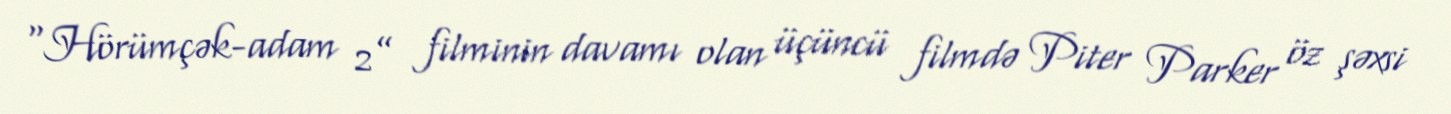
“Hörümçək-adam 2” filminin davamı olan üçüncü filmdə Piter Parker öz şəxsi